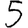
Digit: 5